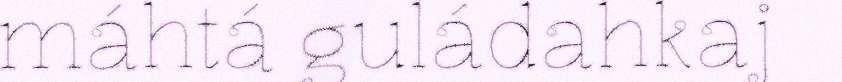
máhtá guládahkaj